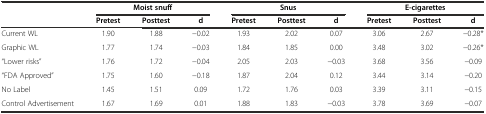
|  | <COLSPAN=3> Moist snuff | <COLSPAN=3> Snus | <COLSPAN=3> E-cigarettes |
 |  | Pretest | Posttest | d | Pretest | Posttest | d | Pretest | Posttest | d |
 | --- | --- | --- | --- | --- | --- | --- | --- | --- | --- |
 | Current WL | 1.90 | 1.88 | -0.02 | 1.93 | 2.02 | 0.07 | 3.06 | 2.67 | -0.28* |
 | Graphic WL | 1.77 | 1.74 | -0.03 | 1.84 | 1.85 | 0.00 | 3.48 | 3.02 | -0.26* |
 | “Lower risks” | 1.76 | 1.72 | -0.04 | 2.05 | 2.03 | -0.03 | 3.68 | 3.56 | -0.09 |
 | “FDA Approved” | 1.75 | 1.60 | -0.18 | 1.87 | 2.04 | 0.12 | 3.44 | 3.14 | -0.20 |
 | No Label | 1.45 | 1.51 | 0.09 | 1.72 | 1.76 | 0.03 | 3.39 | 3.11 | -0.15 |
 | Control Advertisement | 1.67 | 1.69 | 0.01 | 1.88 | 1.83 | -0.03 | 3.78 | 3.69 | -0.07 |